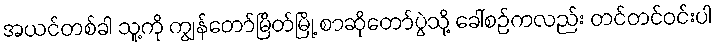
အယင်တစ်ခါ သူ့ကို ကျွန်တော်မြိတ်မြို့ စာဆိုတော်ပွဲသို့ ခေါ်စဉ်ကလည်း တင်တင်ဝင်းပါ